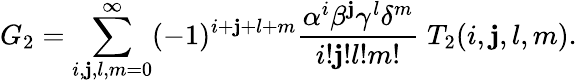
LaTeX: G_{2}=\sum_{i,\mathbf{j},l,m=0}^{\infty}(-1)^{i+\mathbf{j}+l+m}\frac{{\alpha^{i}\beta^{\mathbf{j}}\gamma^{l}\delta^{m}}}{{i!\mathbf{j}!l!m!}}\; T_{2}(i,\mathbf{j},l,m).